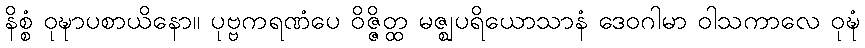
နိစ္စံ ဝုဍ္ဎာပစာယိနော။ ပုဗ္ဗကရဏံပေ ဝိဇ္ဇိတ္ထ မဇ္ဈပရိယောသာနံ ဒေဝဂါမာ ဝါသကာလေ ဝုဍ္ဎံ